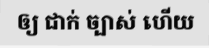
ឲ្យ ជាក់ ច្បាស់ ហើយ